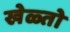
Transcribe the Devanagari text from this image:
खेळ्तो